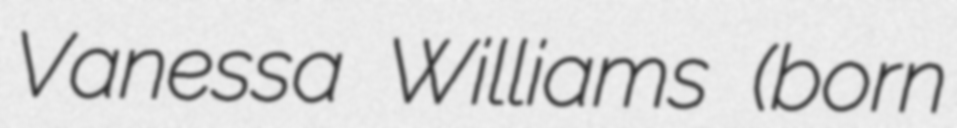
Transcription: Vanessa Williams (born